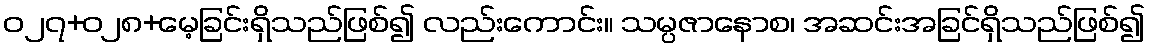
ဝ၂၇+၀၂၈+မေ့ခြင်းရှိသည်ဖြစ်၍ လည်းကောင်း။ သမ္ပဇာနောစ၊ အဆင်းအခြင်ရှိသည်ဖြစ်၍